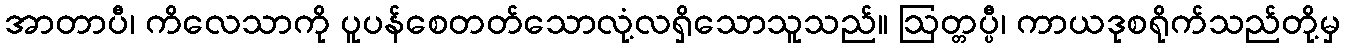
အာတာပီ၊ ကိလေသာကို ပူပန်စေတတ်သောလုံ့လရှိသောသူသည်။ ဩတ္တပ္ပီ၊ ကာယဒုစရိုက်သည်တို့မှ